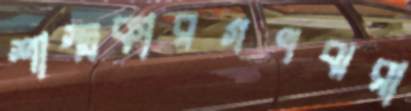
শাস্ত্রকারগণঝরা